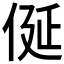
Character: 𠈰